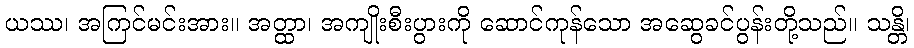
ယဿ၊ အကြင်မင်းအား။ အတ္ထာ၊ အကျိုးစီးပွားကို ဆောင်ကုန်သော အဆွေခင်ပွန်းတို့သည်။ သန္တိ၊